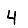
Digit: 4